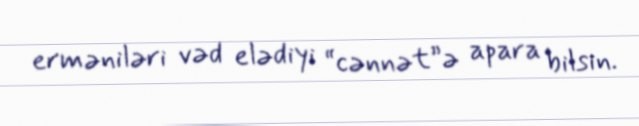
erməniləri vəd elədiyi “cənnət”ə apara bilsin.